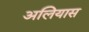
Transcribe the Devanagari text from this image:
अलियास